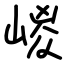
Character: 嵕